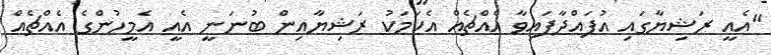
"އެއީ ރަޝިޔާގައި އުފައްދާފައިވާ އެއްޗެއް އެކަމަކު ރަޝިޔާއިން ބުނަނީ އެއީ އެމީހުންގެ އެއްޗެއް